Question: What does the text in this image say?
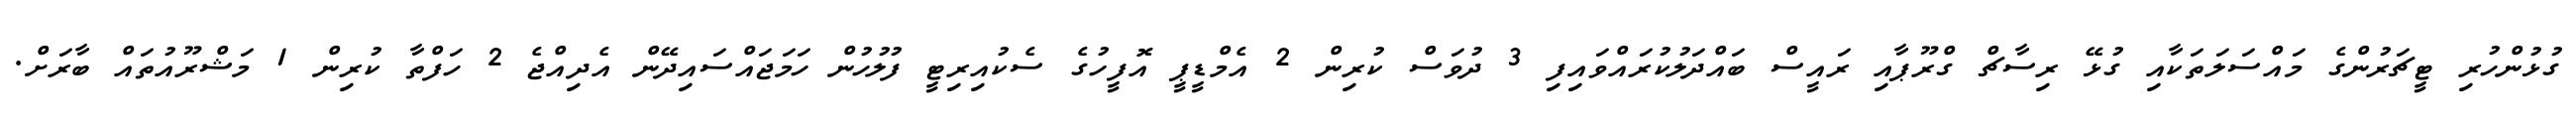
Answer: ގުޅުންހުރި ޓީޗަރުންގެ މައްސަލަތަކާއި ގުޅޭ ރިސާޗް ގްރޫޕާއި ރައީސް ބައްދަލުކުރައްވައިފި 3 ދުވަސް ކުރިން 2 އެމްޑީޕީ އޮފީހުގެ ސެކުއިރިޓީ ފުލުހުން ހަމަޖައްސައިދޭން އެދިއްޖެ 2 ހަފްތާ ކުރިން 1 މަޝްރޫއުތައް ބާރަށް.